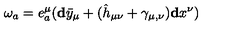
\mathbf { \omega } _ { a } = e _ { a } ^ { \mu } ( \mathbf { d } \bar { y } _ { \mu } + ( \hat { h } _ { \mu \nu } + \gamma _ { \mu , \nu } ) \mathbf { d } x ^ { \nu } )